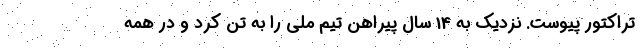
تراکتور پیوست. نزدیک به 14 سال پیراهن تیم ملی را به تن کرد و در همه